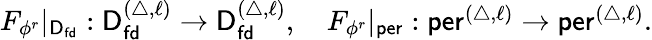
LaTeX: \begin{array}{r}{F_{\phi^{r}}|_{\mathsf{D}_{\mathsf{fd}}}:\mathsf{D}_{\mathsf{fd}}^{(\triangle,\ell)}\to\mathsf{D}_{\mathsf{fd}}^{(\triangle,\ell)},\quad F_{\phi^{r}}|_{\mathsf{per}}:\mathsf{per}^{(\triangle,\ell)}\to\mathsf{per}^{(\triangle,\ell)}.}\end{array}